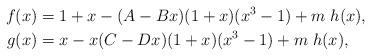
LaTeX: \begin{align*}f(x) & = 1+x -(A-Bx)(1+x)(x^3-1)+ m\; h(x),\\g(x) & = x -x(C-Dx)(1+x)(x^3-1)+ m\;h(x),\end{align*}